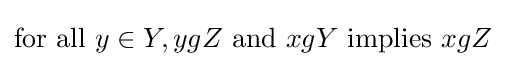
{\text{for all }}y\in Y,ygZ{\text{ and }}xgY{\text{ implies }}xgZ